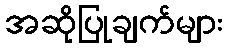
အဆိုပြုချက်များ